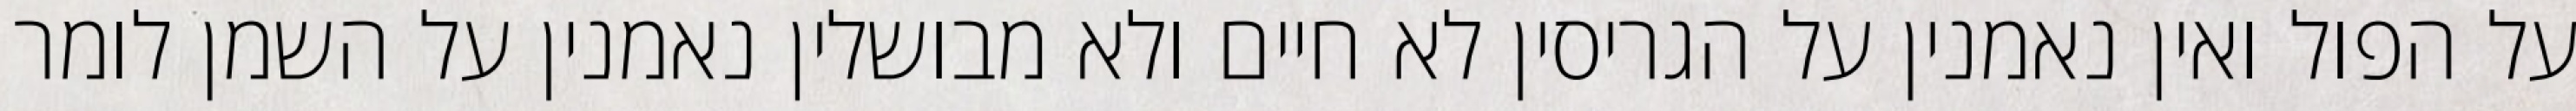
על הפול ואין נאמנין על הגריסין לא חיים ולא מבושלין נאמנין על השמן לומר